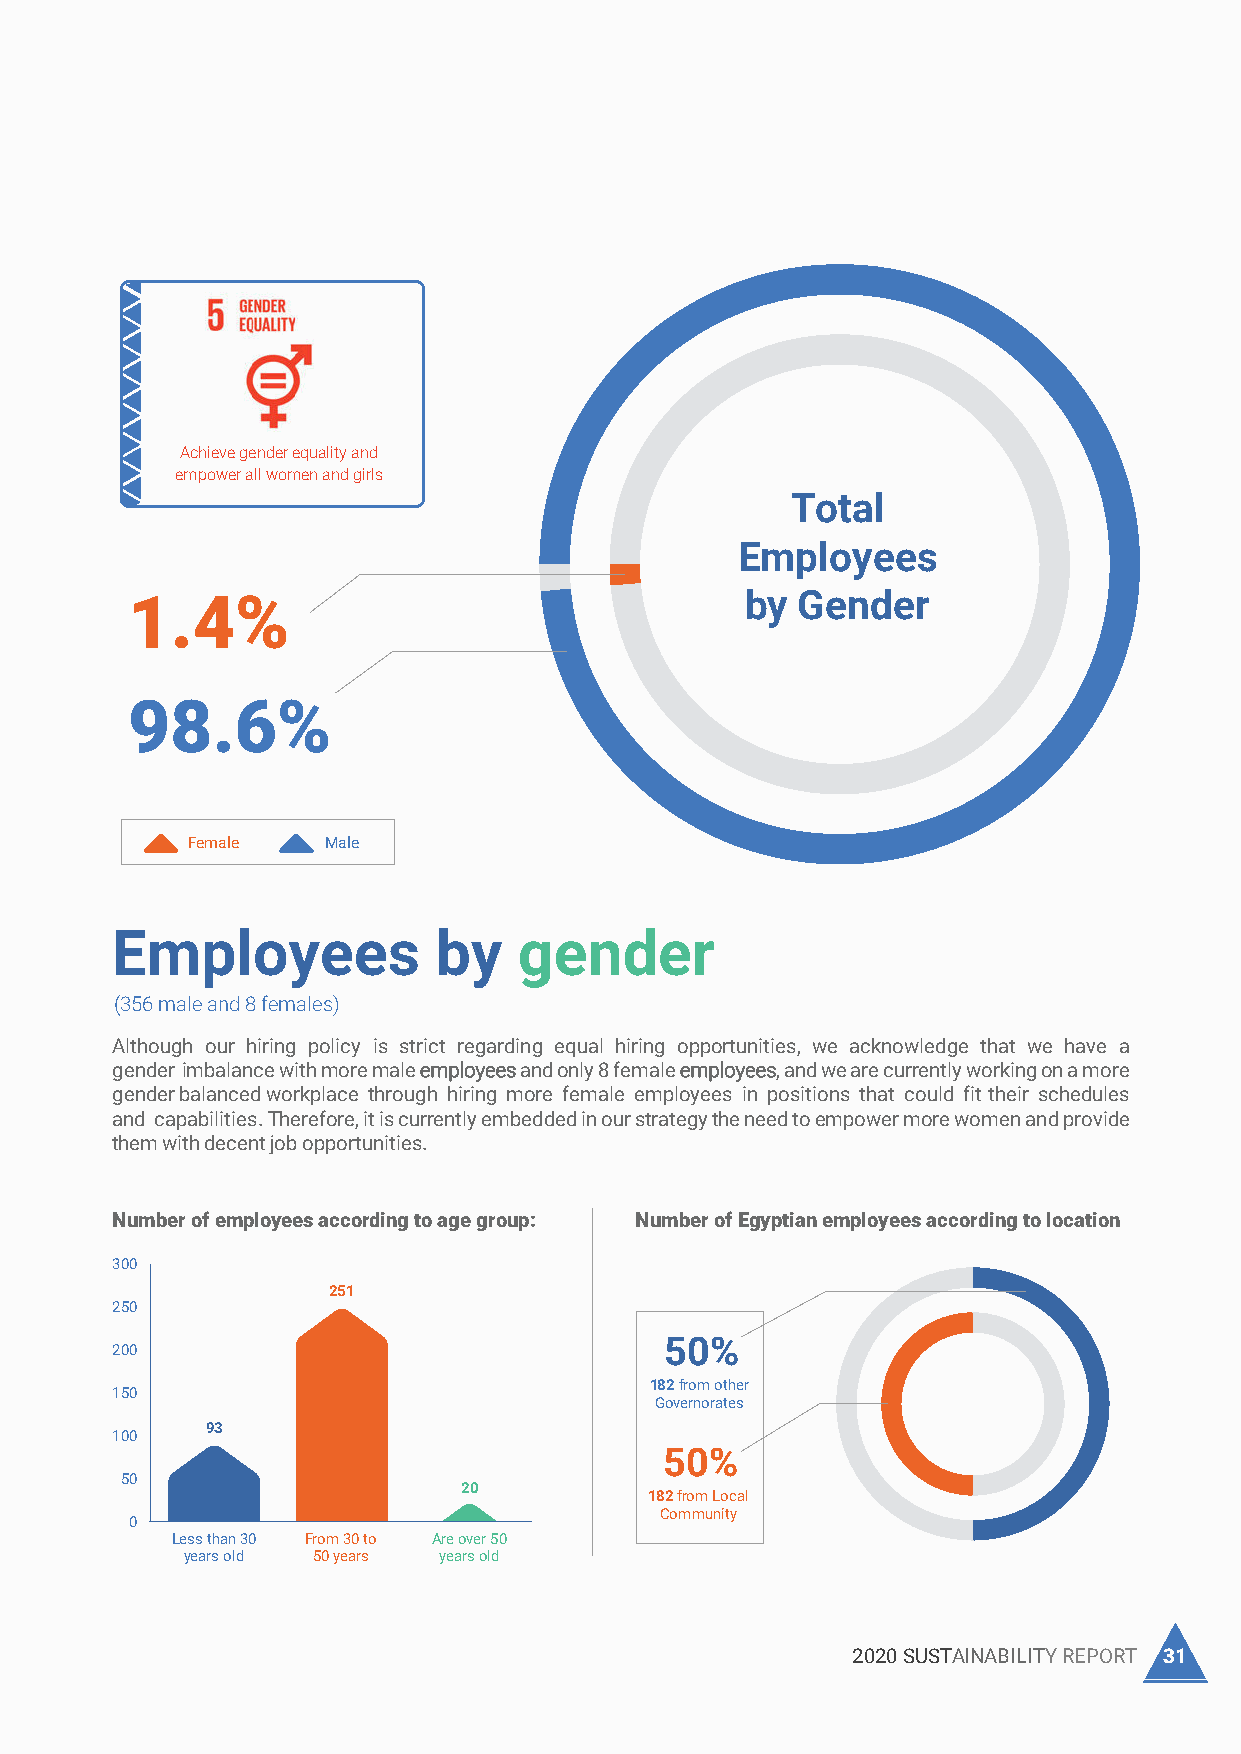
Hiring Process
 We believe that everyone deserves a decent job to make use of his
 knowledge and capabilities and ensure a sustainable source of
 income that meets his needs and secures him a decent life. We have a
 fair and ethical hiring process where everyone is given a chance to
 Achieve gender equality and
 join. Candidates are chosen based on their qualifications and skills,
 empower all women and girls
 disregarding religion, gender, ethnicity, and social background. Our
 Total
 team is composed of both Egyptians and expats to ensure that
 Promote inclusive and sustainable
 we have a diversified team that brings in new ideas and maintains
 economic growth, employment                      Employees
 our leading position in the market. Our salaries are above the minimum
 and decent work for all
 wage rate set by the government and within the market’s average.
 1.4%                                     by  Gender
 98.6%
 Female    Male
 Total
 10%
 Employees             by   gender
 Employees
 by Nationality (356 male and 8 females)
 Although our hiring policy is strict regarding equal hiring opportunities, we acknowledge that we have a
 90%
 gender imbalance with moremale employeesand only 8 femaleemployees, and we are currently working on a more
 gender balanced workplace through hiring more female employees in positions that could fit their schedules
 and capabilities. Therefore, it is currently embedded in our strategy the need to empower more women and provide
 them with decent job opportunities.
 Expat Egyptian
 Number of employees according to age group: Number of Egyptian employees according to location
 300
 251
 250
 50%
 200
 182 from other
 150
 Total no. of employees is 404              Governorates
 93
 100
 50%
 (364 Egyptians and 36 expats) 50
 20
 182 from Local
 About 90% of our employees are Egyptians which contributes to raising the standards of living of the population Community
 0
 and strengthening the local economy through paying income taxes and spending cash on local goods and services. Less than 30 From 30 to Are over 50
 years old 50 years years old
 30 TCI SANMAR CHEMICALS S.A.E                           2020 SUSTAINABILITY REPORT 31